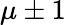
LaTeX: \mu\pm 1